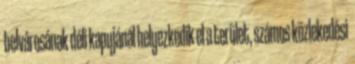
belvárosának déli kapujánál helyezkedik el a terület, számos közlekedési